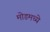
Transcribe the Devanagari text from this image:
मोडमध्ये